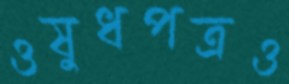
ওষুধপত্রও